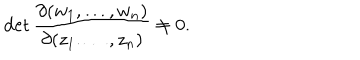
LaTeX: \det \frac { \partial ( w _ { 1 } , \dots , w _ { n } ) } { \partial ( z _ { 1 } . \dots , z _ { n } ) } \neq 0 .